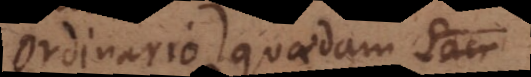
ordinario), quaedam Sa